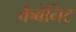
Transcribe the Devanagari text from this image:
कैबेनिट